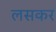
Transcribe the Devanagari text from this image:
लसकर